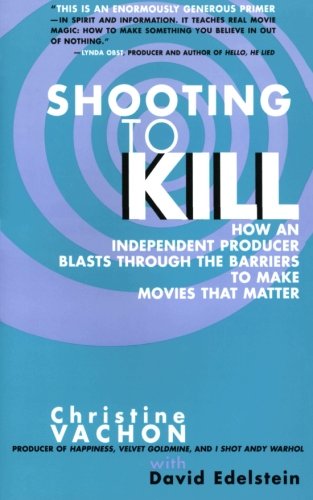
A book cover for Shooting to Kill: How an Independent Producer Blasts Through the Barriers to Make Movies that Matter; Christine Vachon; Humor & Entertainment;